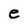
Character: e